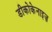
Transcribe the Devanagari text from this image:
डीकोकेनाइज़